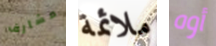
مشارف ملائمة أوه